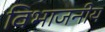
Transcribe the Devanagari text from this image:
विभाजनीय